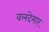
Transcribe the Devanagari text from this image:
वलदेमार्